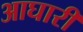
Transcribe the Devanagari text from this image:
आघारी